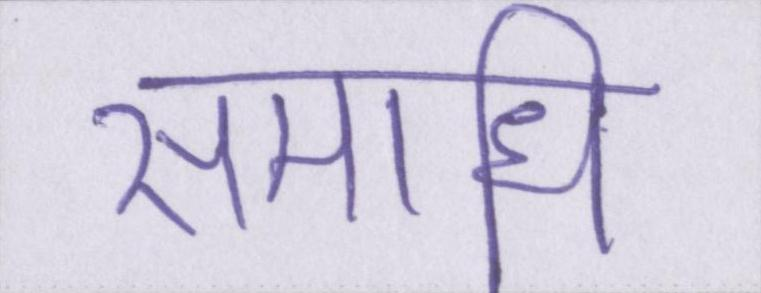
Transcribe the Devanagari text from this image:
समाधि